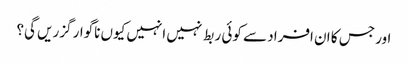
اور جس کا ان افراد سے کوئی ربط نہیں انہیں کیوں ناگوار گزریں گی؟